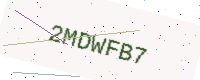
Text: 2MDWFB7